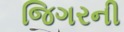
જિગરની